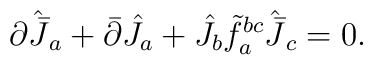
\partial\hat{\bar{J}}_a+\bar\partial\hat{J}_a+\hat J_b\tilde f^{bc}_a\hat{\bar J}_c=0.